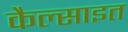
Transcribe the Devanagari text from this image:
कैल्साइत